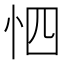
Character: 怬